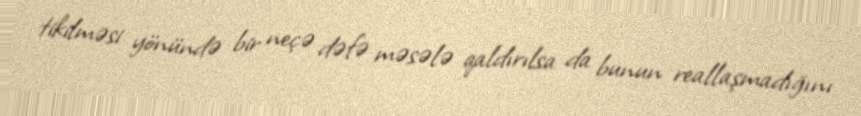
tikilməsi yönündə bir neçə dəfə məsələ qaldırılsa da bunun reallaşmadığını